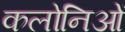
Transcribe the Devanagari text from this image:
कलोनिओं